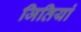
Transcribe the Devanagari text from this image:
जितियां